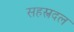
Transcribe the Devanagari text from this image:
सहस्त्रदल